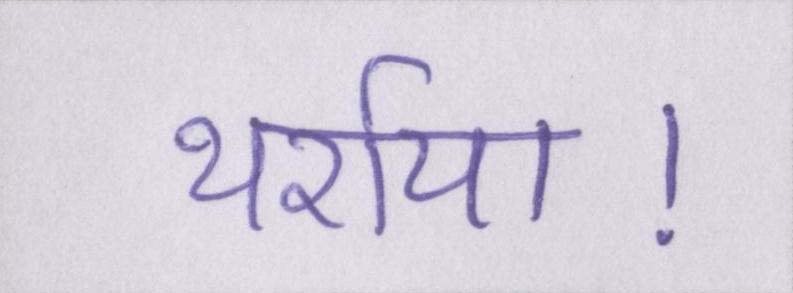
थर्राया।